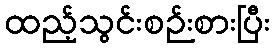
ထည့်သွင်းစဉ်းစားပြီး